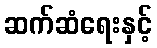
ဆက်ဆံရေးနှင့်